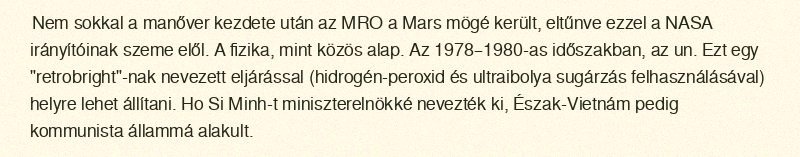
Nem sokkal a manőver kezdete után az MRO a Mars mögé került, eltűnve ezzel a NASA irányítóinak szeme elől. A fizika, mint közös alap. Az 1978–1980-as időszakban, az un. Ezt egy "retrobright"-nak nevezett eljárással (hidrogén-peroxid és ultraibolya sugárzás felhasználásával) helyre lehet állítani. Ho Si Minh-t miniszterelnökké nevezték ki, Észak-Vietnám pedig kommunista állammá alakult.